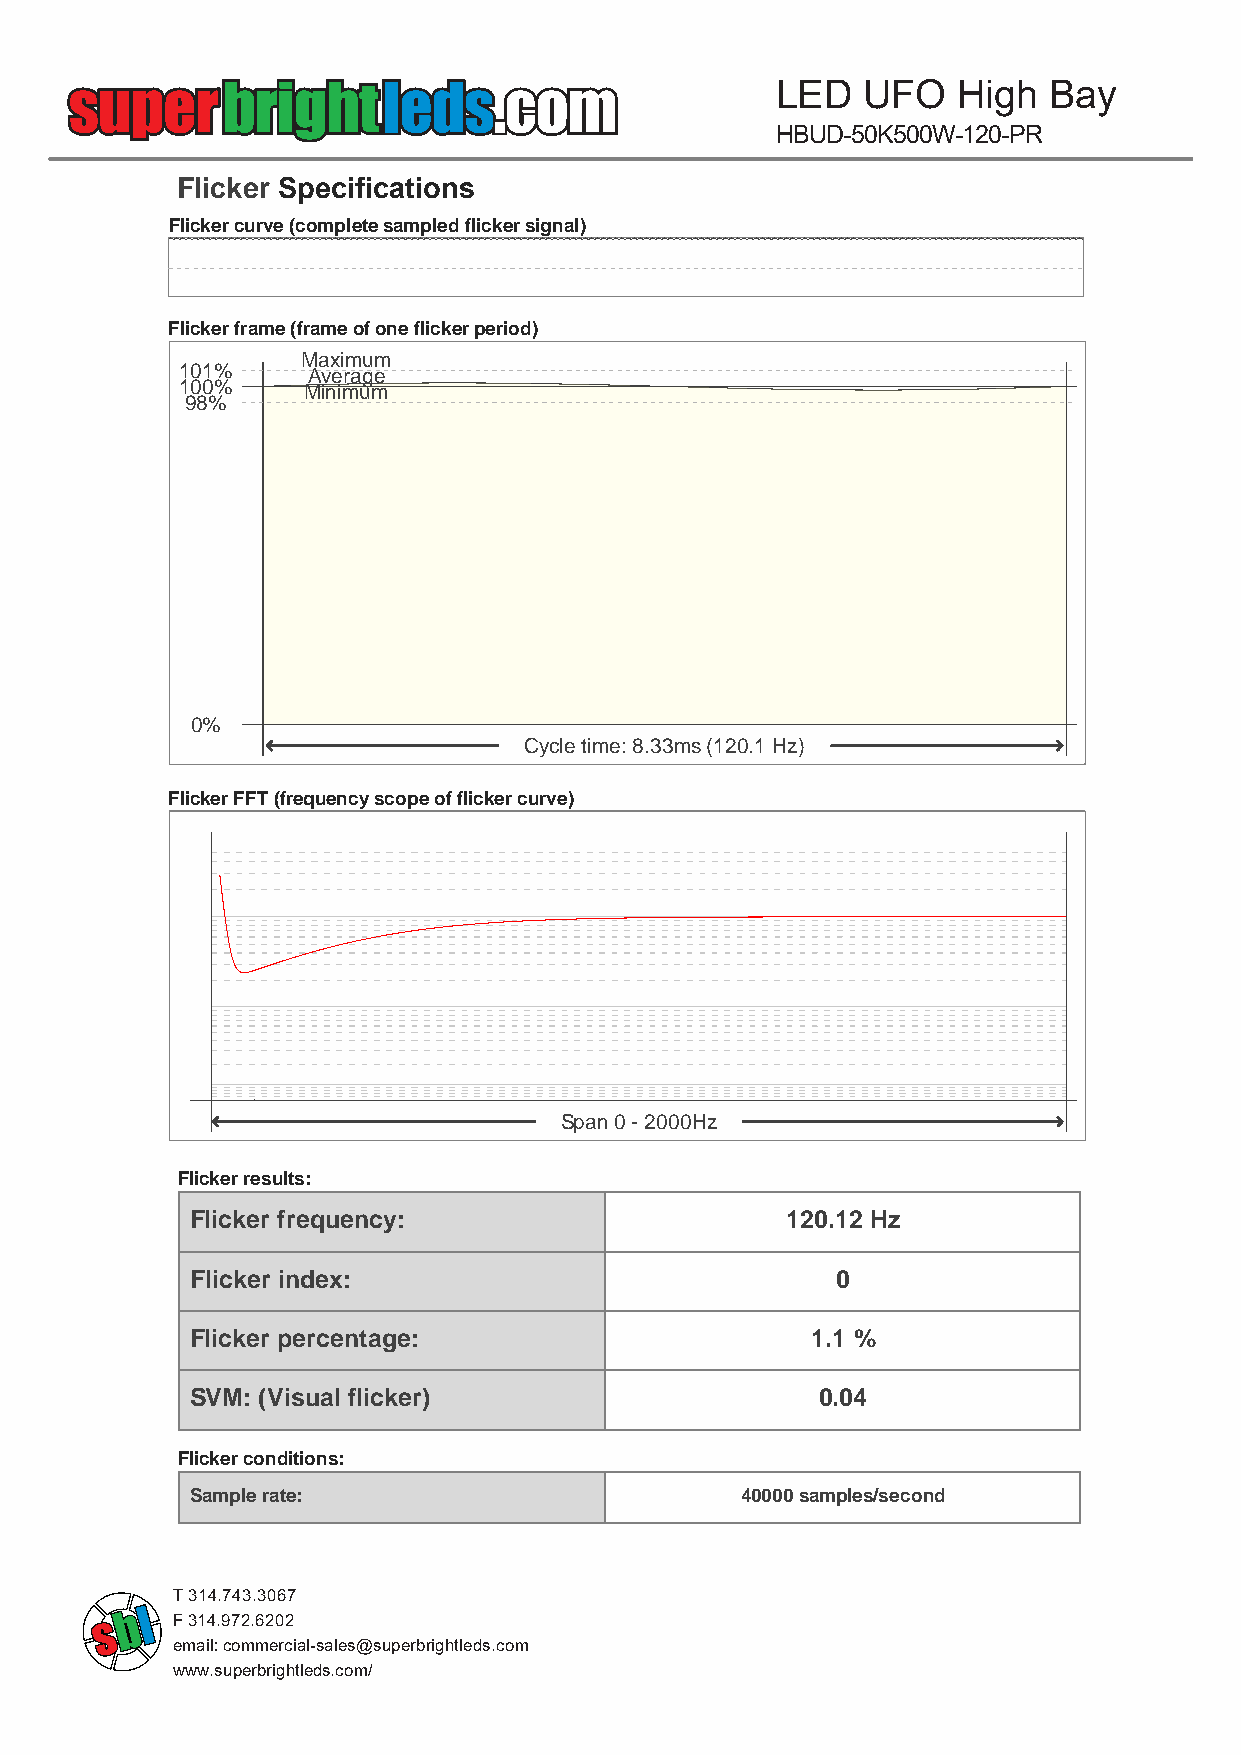
LED   UFO   High  Bay
 HBUD-50K500W-120-PR
 Fl icker Specifications
 Flicker curve (complete sampled flicker signal)
 Flicker frame (frame of one flicker period)
 Maximum
 101%    Average
 100%    Minimum
 98%
 0%
 Cycle time: 8.33ms (120.1 Hz)
 Flicker FFT (frequency scope of flicker curve)
 Span 0 - 2000Hz
 Flicker results:
 Flicker frequency:                     120.12 Hz
 Flicker index:                            0
 Flicker percentage:                      1.1 %
 SVM: (Visual flicker)                    0.04
 Flicker conditions:
 Sample rate:                        40000 samples/second
 T 314.743.3067
 F 314.972.6202
 email: commercial-sales@superbrightleds.com
 www.superbrightleds.com/